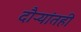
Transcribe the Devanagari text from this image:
दौऱ्यांतही